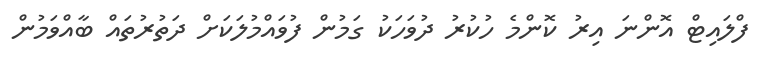
ފްލައިޓް އޮންނަ އިރު ކޮންމެ ހުކުރު ދުވަހަކު ގަމުން ފުވައްމުލަކަށް ދަތުރުތައް ބާއްވަމުން